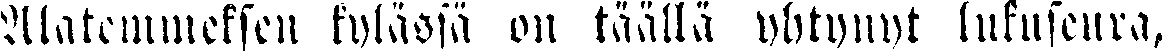
Alatemmeksen kylässä on täällä yhtynyt lukuseura,